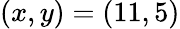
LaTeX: (x,y)=(11,5)